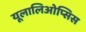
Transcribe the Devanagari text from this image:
यूलालिओप्सिस